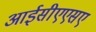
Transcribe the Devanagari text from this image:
आईसीएएसए